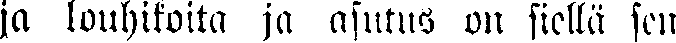
ja louhikoita ja asutus on siellä sen